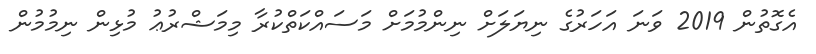
އެގޮތުން 2019 ވަނަ އަހަރުގެ ނިޔަލަށް ނިންމުމަށް މަސައްކަތްކުރާ މިމަޝްރުޢު މުޅިން ނިމުމުން